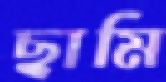
ছামি